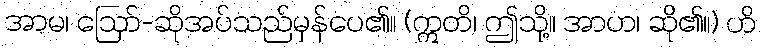
အာမ၊ ဩော်-ဆိုအပ်သည်မှန်ပေ၏။ (ဣတိ၊ ဤသို့။ အာဟ၊ ဆို၏။) ဟိ